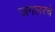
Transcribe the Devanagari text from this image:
जगलरचे